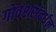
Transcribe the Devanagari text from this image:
गोवंशसंवर्धन